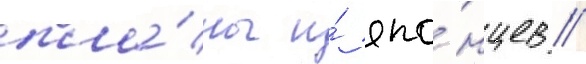
пла́ны и́ япо́нцев //